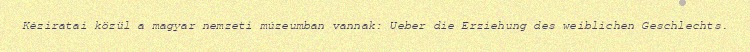
Kéziratai közül a magyar nemzeti múzeumban vannak: Ueber die Erziehung des weiblichen Geschlechts.